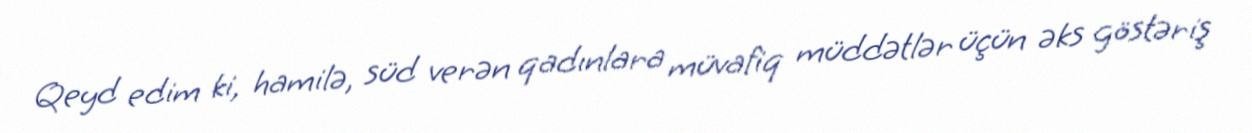
Qeyd edim ki, hamilə, süd verən qadınlara müvafiq müddətlər üçün əks göstəriş